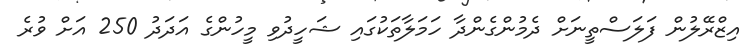
އިޒްރޭލުން ފަލަސްތީނަށް ދެމުންގެންދާ ހަމަލާތަކުގައި ޝަހީދުވި މީހުންގެ އަދަދު 250 އަށް ވުރެ